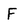
Character: F